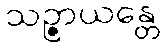
သဉ္ဇာယန္တေ